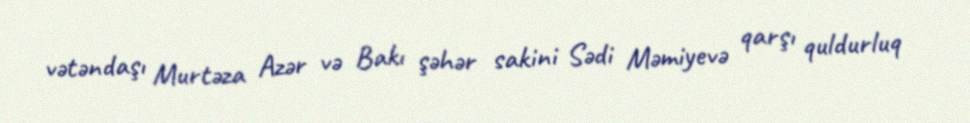
vətəndaşı Murtəza Azər və Bakı şəhər sakini Sədi Məmiyevə qarşı quldurluq